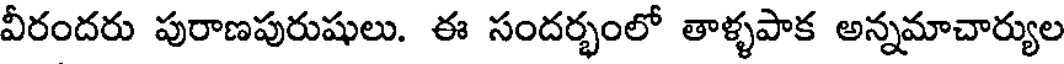
వీరందరు పురాణపురుషులు. ఈ సందర్భంలో తాళ్ళపాక అన్నమాచార్యుల